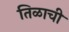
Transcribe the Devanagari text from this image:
तिळाची